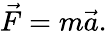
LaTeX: {\vec{F}}=m{\vec{a}}.